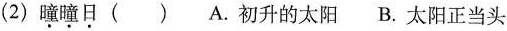
(2)瞳瞳日()A.初升的太阳B.太阳正当头